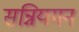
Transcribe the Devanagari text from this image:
सन्नियमन